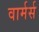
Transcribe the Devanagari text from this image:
वार्मर्स